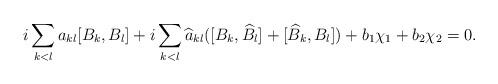
LaTeX: \begin{align*}i\sum_{k<l} a_{kl} [B_k,B_l] + i\sum_{k<l} \widehat{a}_{kl} ( [B_k,\widehat{B}_l] + [\widehat{B}_k,B_l] ) + b_1 \chi_1 + b_2 \chi_2 = 0.\end{align*}